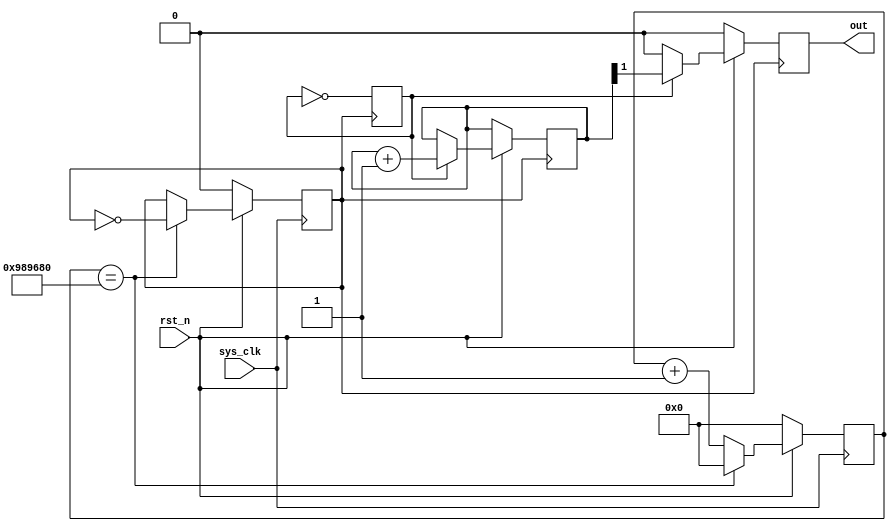
`timescale 1ns / 1ps

module aircraft_led
(
  input sys_clk,
  input rst_n,
  output reg out        
);

reg toggle = 1'b0;
reg [31:0] counter = 0 ;
reg [24:0] count_reg = 0;
reg clk1 = 0;

always @(posedge sys_clk) 
begin
  if (rst_n == 1'b0) begin
    count_reg <= 0;
    clk1 <= 0;
    
  end else begin
    if (count_reg == 10000000) begin
      count_reg <= 0;
      clk1 <= ~clk1;
    end else begin
      count_reg <= count_reg + 1'b1;
    end
  end
end

always @(posedge clk1)
begin
  toggle <= ~toggle;
  if (rst_n == 1'b0) begin
    out <= 1'b0;
    
  end else begin 
    if (toggle == 1'b1) begin
      counter <= counter+1;
      out <= counter[1];
    end else begin
      out <= 1'b0;
    end
  end
end

endmodule